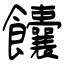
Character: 饢